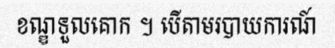
ខណ្ឌទួលគោក ។ បើតាមរបាយការណ៍